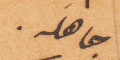
جاهله